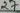
Text: 27